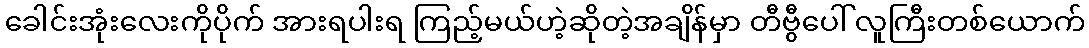
ခေါင်းအုံးလေးကိုပိုက် အားရပါးရ ကြည့်မယ်ဟဲ့ဆိုတဲ့အချိန်မှာ တီဗွီပေါ် လူကြီးတစ်ယောက်